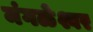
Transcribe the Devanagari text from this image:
मंगळेश्वर